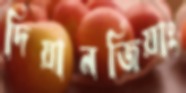
দিয়ানজিয়াং